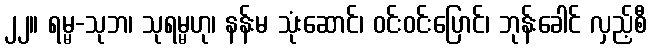
၂၂။ ရမ္မ-သုဘ၊ သုရမ္မဟု၊ နန်းမ သုံးဆောင်၊ ဝင်းဝင်းပြောင်၊ ဘုန်းခေါင် လှည့်စီ